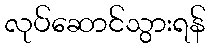
လုပ်ဆောင်သွားရန်